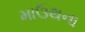
માઉથના